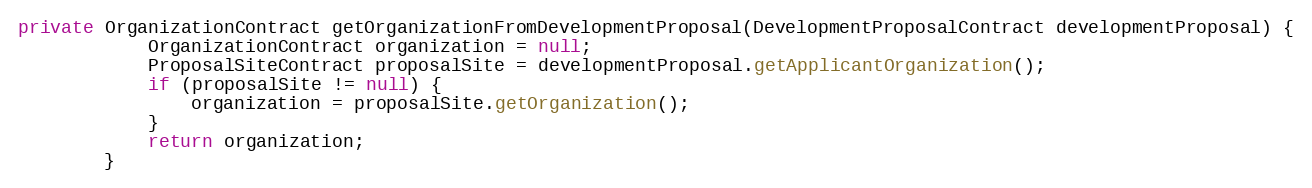
Language: Java
private OrganizationContract getOrganizationFromDevelopmentProposal(DevelopmentProposalContract developmentProposal) {
	        OrganizationContract organization = null;
	        ProposalSiteContract proposalSite = developmentProposal.getApplicantOrganization();
	        if (proposalSite != null) {
	            organization = proposalSite.getOrganization();
	        }
	        return organization;
	    }